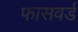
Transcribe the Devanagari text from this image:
फासवर्ड